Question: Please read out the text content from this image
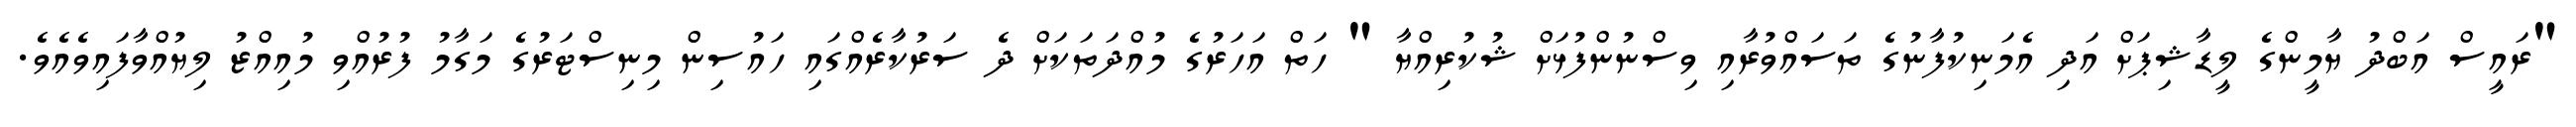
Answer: "ރައީސް އަބްދު ޔާމީންގެ ލީޑާޝިޕަށް އަދި އެމަނިކުފާނުގެ ތަސައްވުރާއި ވިސްނުންފުޅަށް ޝުކުރިއްޔާ " ހަތް އަހަރުގެ މުއްދަތަކަށް ދެ ސަރުކާރެއްގައި ހައުސިން މިނިސްޓަރުގެ މަގާމު ފުރުއްވި މުއިއްޒު ލިޔުއްވާފައިވެއެވެ.